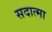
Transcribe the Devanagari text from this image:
सदात्मा